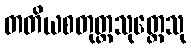
တတိယစတုတ္ထသုတ္တေသု